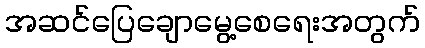
အဆင်ပြေချောမွေ့စေရေးအတွက်